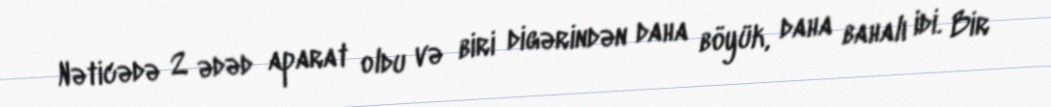
Nəticədə 2 ədəd aparat oldu və biri digərindən daha böyük, daha bahalı idi. Bir